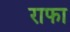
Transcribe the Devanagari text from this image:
राफा